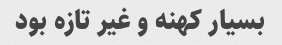
بسیار کهنه و غیر تازه بود